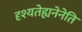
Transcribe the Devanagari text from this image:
दृश्यतेह्यनेनेति